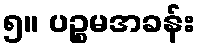
၅။ ပဉ္စမအခန်း